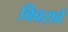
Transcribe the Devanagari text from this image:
विवरावे